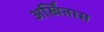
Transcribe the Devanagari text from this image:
अर्खितास